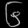
Digit: ၆